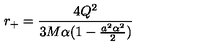
r _ { + } = \frac { 4 Q ^ { 2 } } { 3 M \alpha ( 1 - \frac { a ^ { 2 } \alpha ^ { 2 } } { 2 } ) }